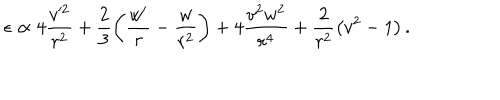
\epsilon \propto 4 \frac { v ^ { 2 } } { r ^ { 2 } } + \frac { 2 } { 3 } \left( \frac { w ^ { \prime } } { r } - \frac { w } { r ^ { 2 } } \right) + 4 \frac { v ^ { 2 } w ^ { 2 } } { r ^ { 4 } } + \frac { 2 } { r ^ { 2 } } \left( v ^ { 2 } - 1 \right) .